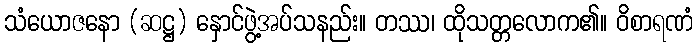
သံယောဇနော (ဆဋ္ဌ) နှောင်ဖွဲ့အပ်သနည်း။ တဿ၊ ထိုသတ္တလောက၏။ ဝိစာရဏံ